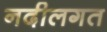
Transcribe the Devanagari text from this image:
नदीलगत